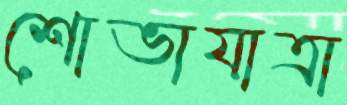
শোভাযাত্রা